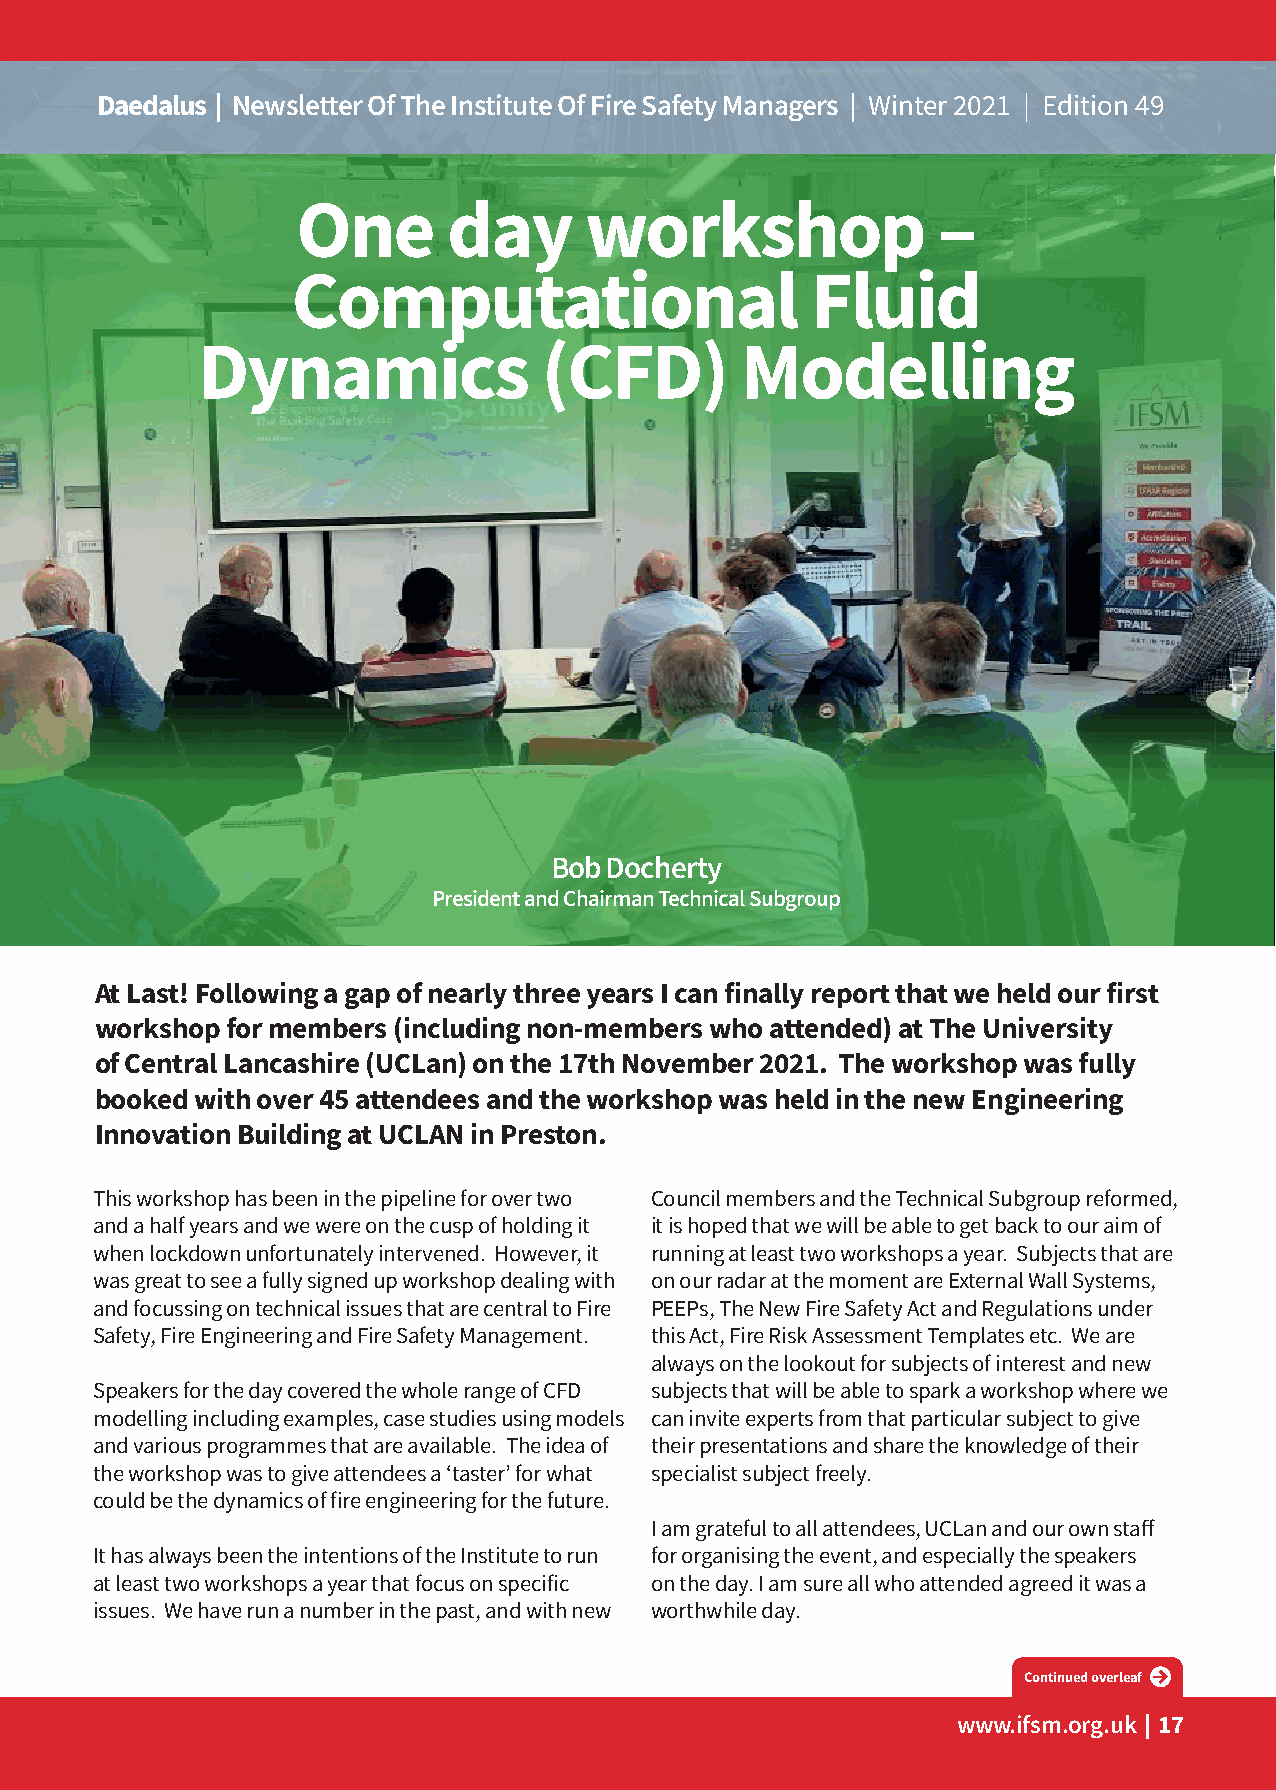
Daedalus | Newsletter Of The Institute Of Fire Safety Managers | Winter 2021 | Edition 49
 One       day      workshop               –
 Computational                      Fluid
 Dynamics               (CFD)        Modelling
 Bob Docherty
 President and Chairman Technical Subgroup
 At Last! Following a gap of nearly three years I can finally report that we held our first
 workshop for members (including non-members who attended) at The University
 of Central Lancashire (UCLan) on the 17th November 2021. The workshop was fully
 booked with over 45 attendees and the workshop was held in the new Engineering
 Innovation Building at UCLAN in Preston.
 This workshop has been in the pipeline for over two Council members and the Technical Subgroup reformed,
 and a half years and we were on the cusp of holding it it is hoped that we will be able to get back to our aim of
 when lockdown unfortunately intervened. However, it running at least two workshops a year. Subjects that are
 was great to see a fully signed up workshop dealing with on our radar at the moment are External Wall Systems,
 and focussing on technical issues that are central to Fire PEEPs, The New Fire Safety Act and Regulations under
 Safety, Fire Engineering and Fire Safety Management. this Act, Fire Risk Assessment Templates etc. We are
 always on the lookout for subjects of interest and new
 Speakers for the day covered the whole range of CFD subjects that will be able to spark a workshop where we
 modelling including examples, case studies using models can invite experts from that particular subject to give
 and various programmes that are available. The idea of their presentations and share the knowledge of their
 the workshop was to give attendees a ‘taster’ for what specialist subject freely.
 could be the dynamics of fire engineering for the future.
 I am grateful to all attendees, UCLan and our own staff
 It has always been the intentions of the Institute to run for organising the event, and especially the speakers
 at least two workshops a year that focus on specific on the day. I am sure all who attended agreed it was a
 issues. We have run a number in the past, and with new worthwhile day.
 Continued overleaf
 www.ifsm.org.uk | 17